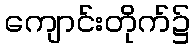
ကျောင်းတိုက်၌